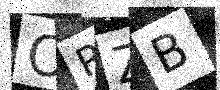
Text: ORZB